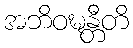
အဘိဝဍ္ဎန္တီတိ